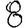
Digit: 8